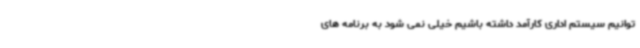
توانیم سیستم اداری کارآمد داشته باشیم خیلی نمی شود به برنامه های